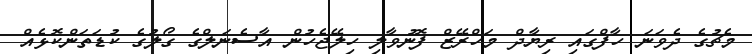
މެޗުގެ ދެވަނަ ހާފްގައި ރިޔާދް މަހްރޭޒް ފޮނުވާލި ހިލޭޖެހުން އާސެނަލްގެ ގޯލުގެ ކުޑަތަންކޮޅެއް